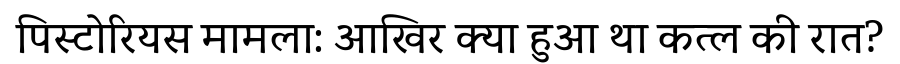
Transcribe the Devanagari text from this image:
पिस्टोरियस मामला: आखिर क्या हुआ था कत्ल की रात?